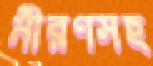
মীরণসহ